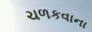
ચળકવાના